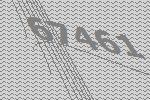
67461